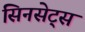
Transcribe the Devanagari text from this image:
सिनसेट्स